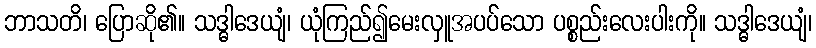
ဘာသတိ၊ ပြောဆို၏။ သဒ္ဓါဒေယျံ၊ ယုံကြည်၍မေးလှူအပပ်သော ပစ္စည်းလေးပါးကို။ သဒ္ဓါဒေယျံ၊